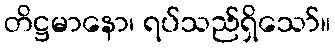
တိဋ္ဌမာနော၊ ရပ်သည်ရှိသော်။